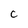
Character: c